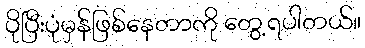
ပိုပြီးပုံမှန်ဖြစ်နေတာကို တွေ့ရပါတယ်။